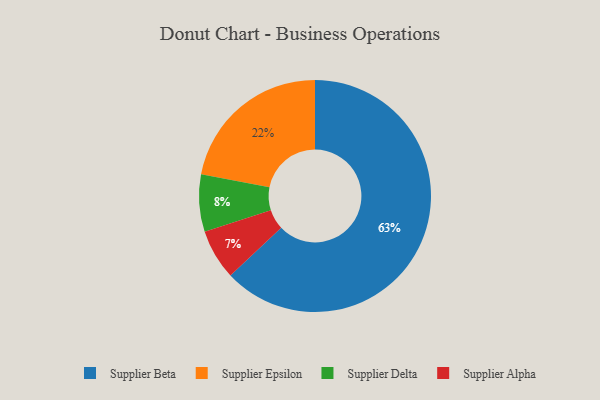
{"axis": {"x": "Category", "y": "Percentage"}, "legend": ["Supplier Alpha", "Supplier Beta", "Supplier Delta", "Supplier Epsilon"], "data": [{"x": "Supplier Beta", "y": 63, "type": "Supplier Beta"}, {"x": "Supplier Delta", "y": 8, "type": "Supplier Delta"}, {"x": "Supplier Epsilon", "y": 22, "type": "Supplier Epsilon"}, {"x": "Supplier Alpha", "y": 7, "type": "Supplier Alpha"}]}